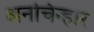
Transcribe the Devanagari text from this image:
अनचिन्हार